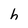
Character: h